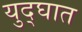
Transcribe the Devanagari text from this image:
युद्घात